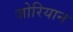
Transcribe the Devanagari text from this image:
जोरियान